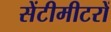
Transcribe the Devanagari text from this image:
सेंटीमीटरों